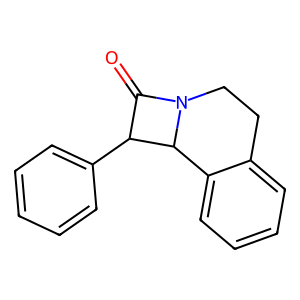
SMILES: O=C1C(c2ccccc2)C2c3ccccc3CCN12
Inhibits HIV replication: No